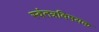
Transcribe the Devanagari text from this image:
स्वंतत्रविषयक